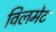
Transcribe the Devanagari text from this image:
विलमेट